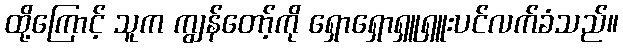
ထို့ကြောင့် သူက ကျွန်တော့်ကို ရှောရှောရှူရှူးပင်လက်ခံသည်။